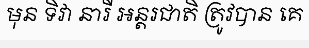
មុន ទិវា នារី អន្តរជាតិ ត្រូវបាន គេ